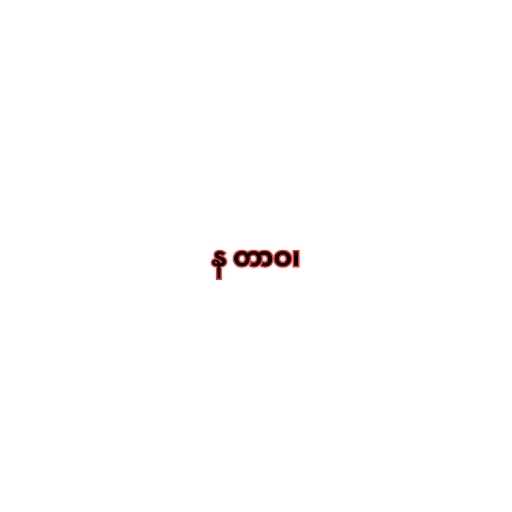
န တာဝ၊